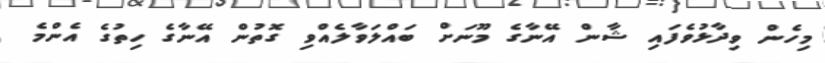
މިހެން ވިދާޅުވެފައި ޝާން އޭނާގެ މޫނަށް ބައްލަވާލެއްވި ގޮތުން އޭނާގެ ހިތުގެ އެންމެ